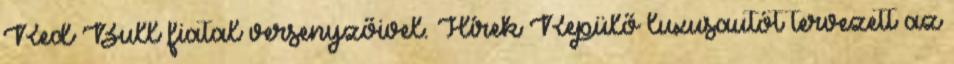
Red Bull fiatal versenyzőivel. Hírek Repülő luxusautót tervezett az